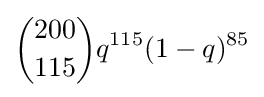
{{200 \choose 115}q^{115}(1-q)^{85}}